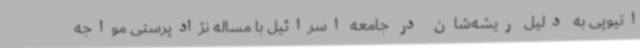
اتیوپی به دلیل ریشه‌شان در جامعه اسرائیل با مساله نژادپرستی مواجه